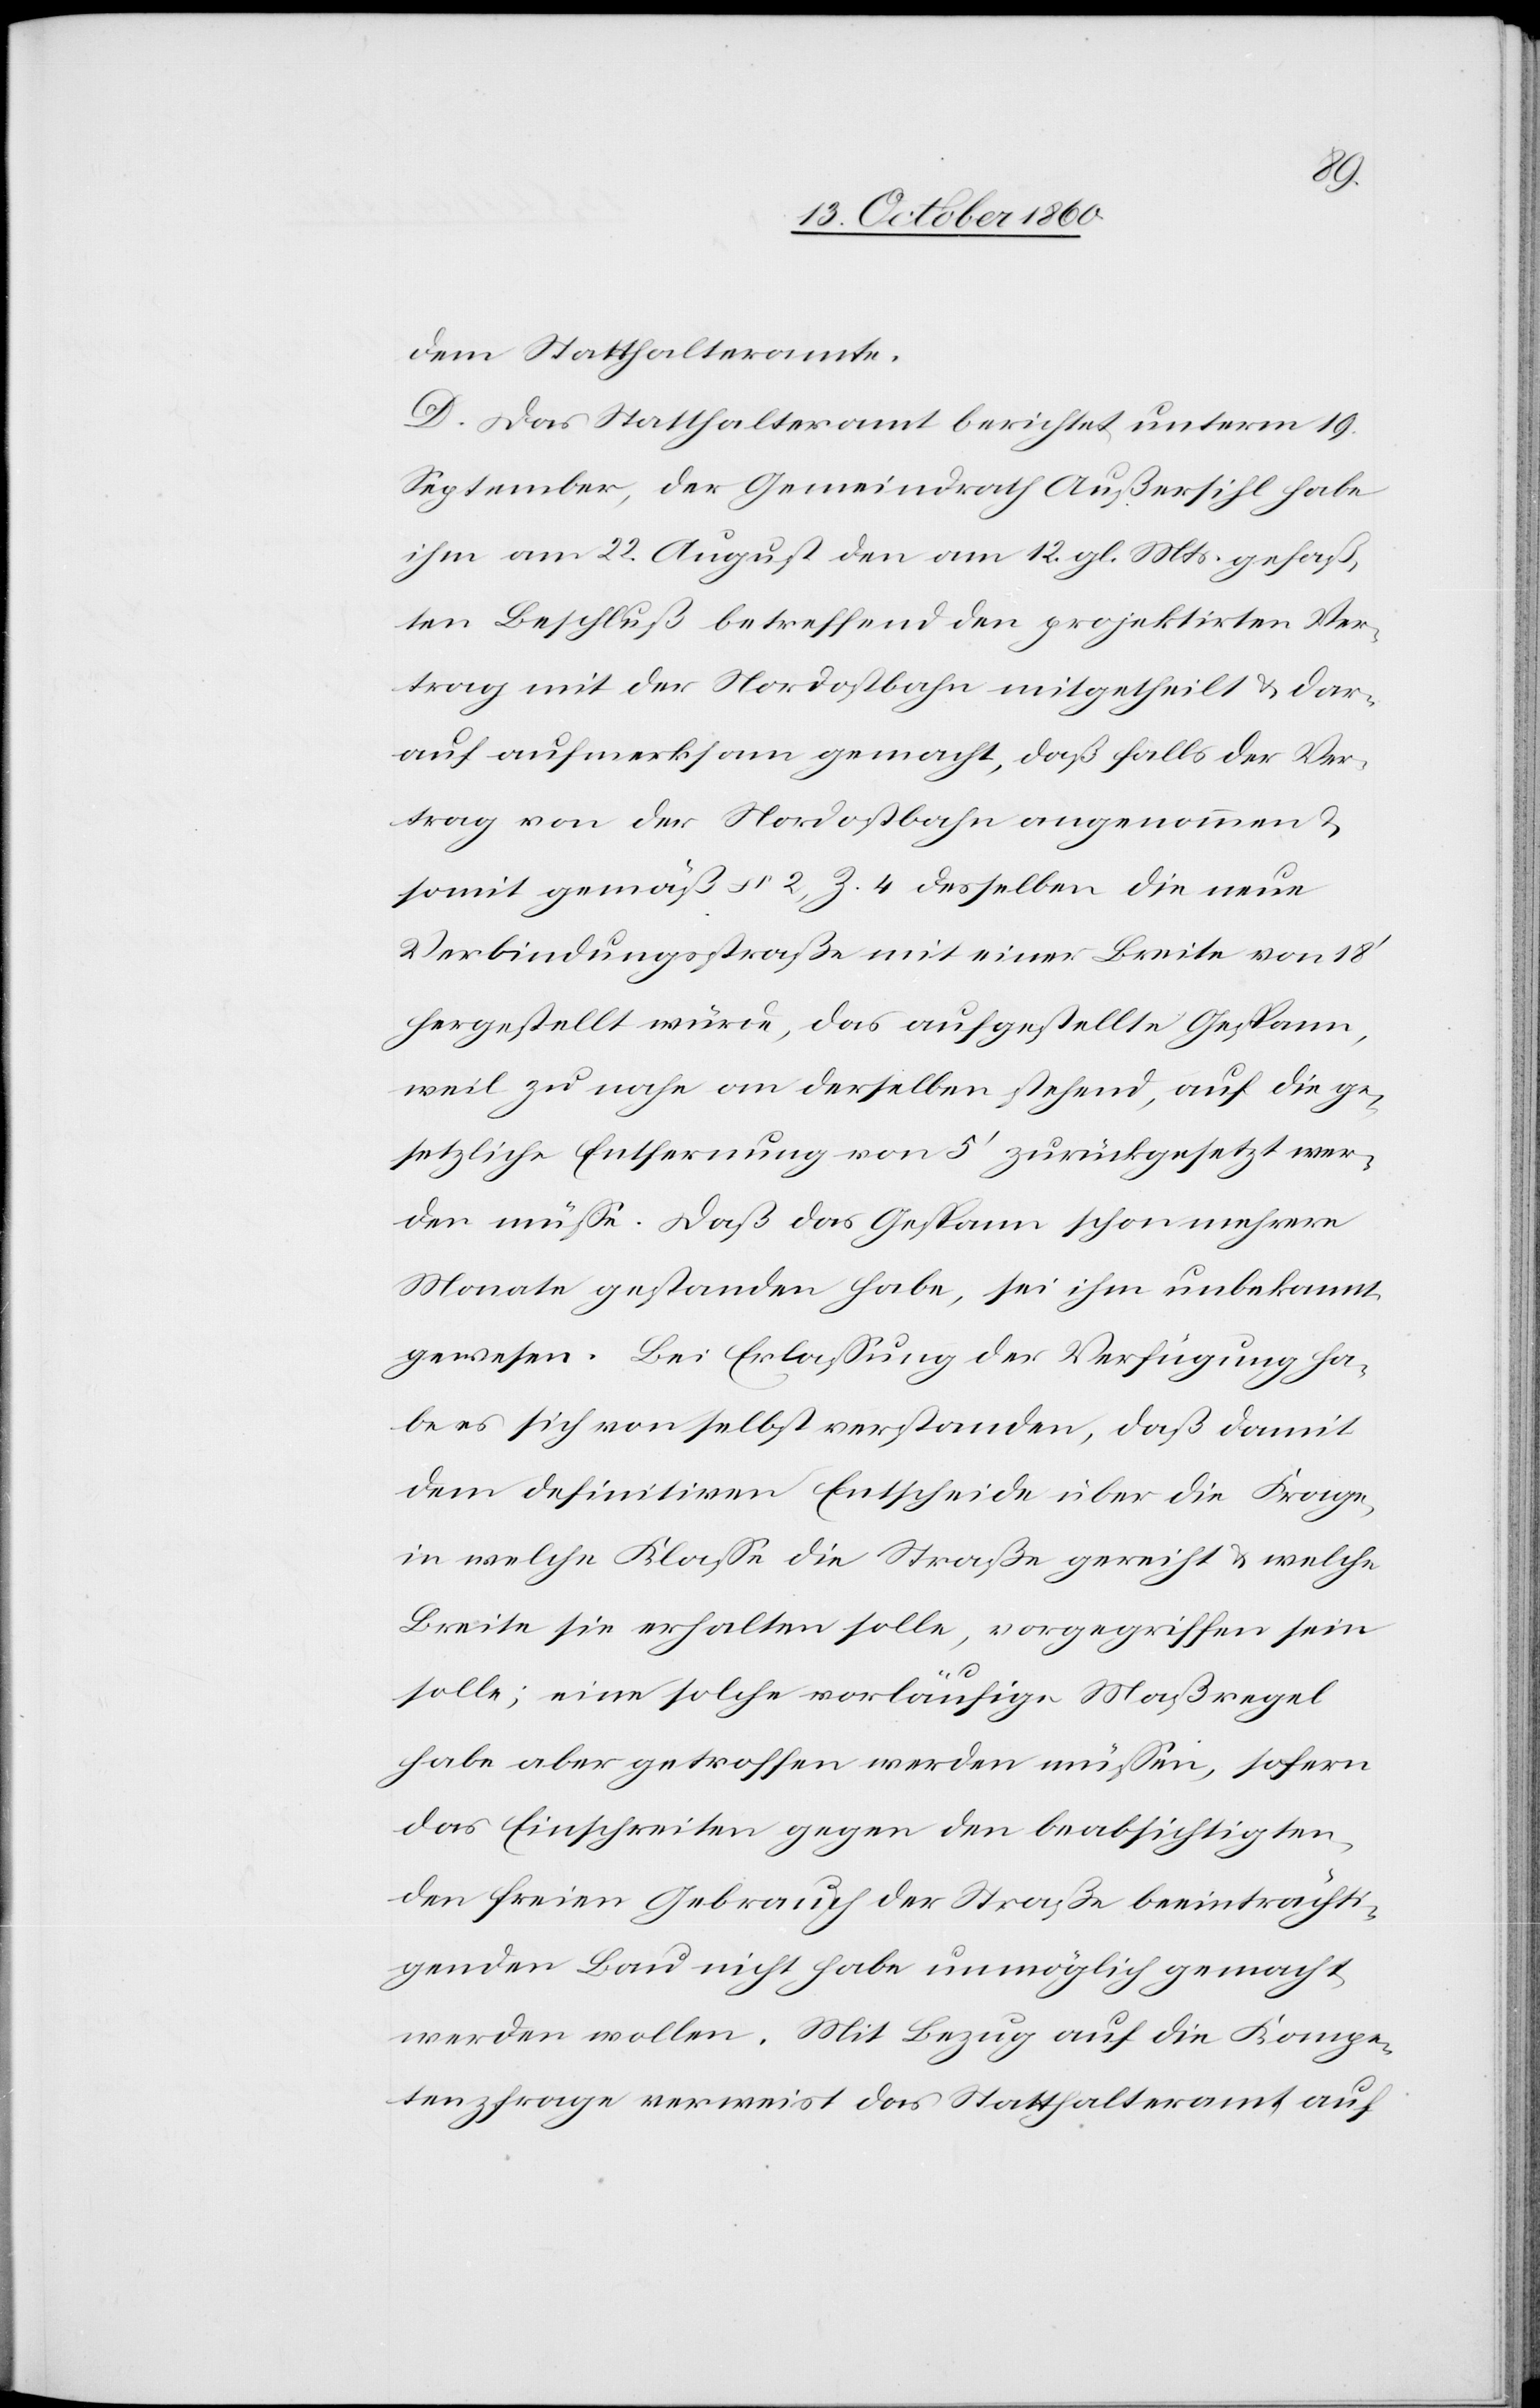
dem Statthalteramte.
D. Das Statthalteramt berichtet, unterm 19.
September, der Gemeindrath Außersihl habe
ihm am 22. August den am 12. gl. Mts. gefaß¬
ten Beschluß betreffend den projektirten Ver¬
trag mit der Nordostbahn mitgetheilt u. dar¬
auf aufmerksam gemacht, daß falls der Ver¬
trag von der Nordostbahn angenommen u.
somit gemäß § 2, Z. 4 desselben die neue
Verbindungsstraße mit einer Breite von 18’
hergestellt würde, das aufgestellte Gespann,
weil zu nahe an derselben stehend, auf die ge¬
setzliche Entfernung von 5’ zurückgesetzt wer¬
den müsse. Daß das Gespann schon mehrere
Monate gestanden habe, sei ihm unbekannt
gewesen. Bei Erlassung der Verfügung ha¬
be es sich von selbst verstanden, daß damit
dem definitiven Entscheide über die Frage,
in welche Klasse die Straße gereicht u. welche
Breite sie erhalten solle, vorgegriffen sein
solle; eine solche vorläufige Maßregel
habe aber getroffen werden müssen, sofern
das Einschreiten gegen den beabsichtigten,
den freien Gebrauch der Straße beeinträchti¬
genden Bau nicht habe unmöglich gemacht
werden wollen. Mit Bezug auf die Kompe¬
tenzfrage verweist das Statthalteramt auf